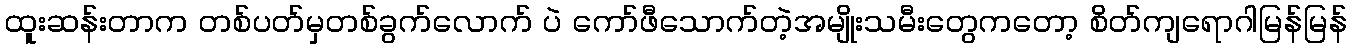
ထူးဆန်းတာက တစ်ပတ်မှတစ်ခွက်လောက် ပဲ ကော်ဖီသောက်တဲ့အမျိုးသမီးတွေကတော့ စိတ်ကျရောဂါမြန်မြန်